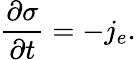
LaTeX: \frac{\partial\sigma}{\partial t}=-j_{e}.